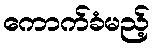
ကောက်ခံမည့်